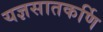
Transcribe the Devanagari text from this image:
यज्ञसातकर्णि